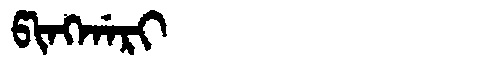
Manchu: ᡦᡳᠩᡤᠠᡵᡳ
Romanization: PINGGARI